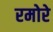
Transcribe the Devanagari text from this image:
रमोरे